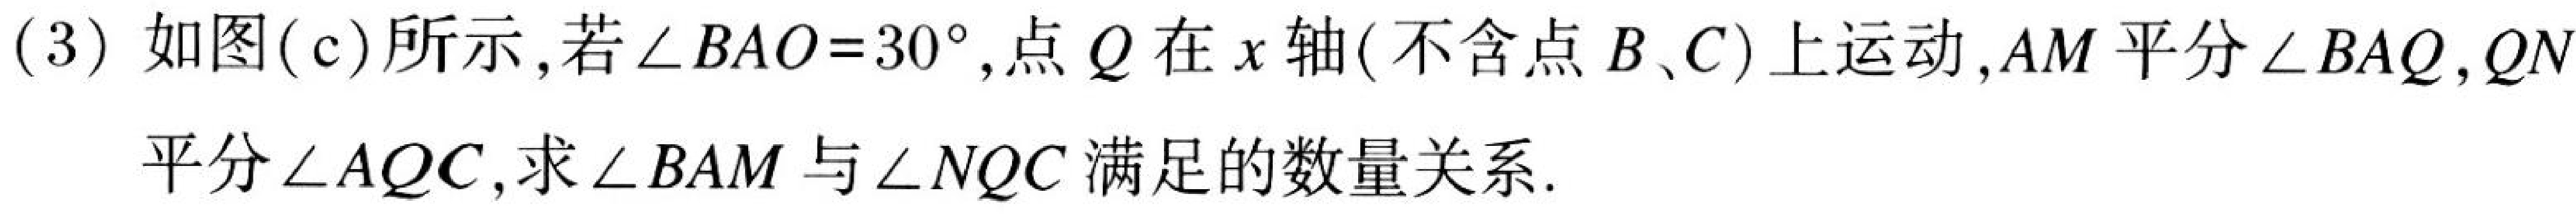
(3) 如图(c)所示，若$\angle BAO = 30^{\circ}$，点$Q$在$x$轴(不含点$B、C$)上运动，$AM$平分$\angle BAQ$，$QN$
平分$\angle AQC$，求$\angle BAM$与$\angle NQC$满足的数量关系.